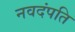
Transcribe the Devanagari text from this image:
नवदंपति